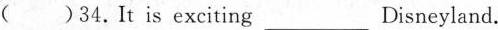
( )34.It is exciting ___ Disneyland.